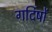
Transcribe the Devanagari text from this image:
गर्दिषों